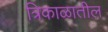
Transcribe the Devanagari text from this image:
त्रिकाळातील